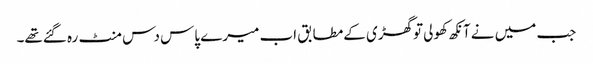
جب میں نے آنکھ کھولی توگھڑی کےمطابق اب میرے پاس دس منٹ رہ گئےتھے۔